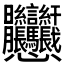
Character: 𱟛